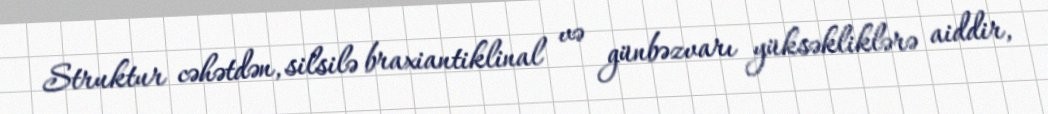
Struktur cəhətdən, silsilə braxiantiklinal və günbəzvarı yüksəkliklərə aiddir,